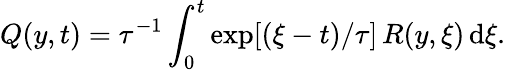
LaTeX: Q(y,t)=\tau^{-1}\int_{0}^{t}\exp[(\xi-t)/\tau]\, R(y,\xi){\, \mathrm{{d}}}\xi.